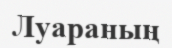
Луараның